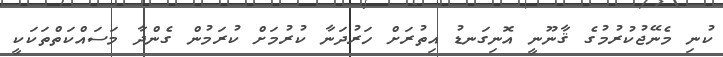
ކުނި މެނޭޖުކުރުމުގެ ޤާނޫނީ އޮނިގަނޑު އިތުރަށް ހަރުދަނާ ކުރުމަށް ކުރަމުން ގެންދާ މަސައްކަތްތަކަކީ